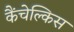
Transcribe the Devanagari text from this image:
कैंचेल्किस